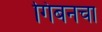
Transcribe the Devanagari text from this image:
गिबनचा